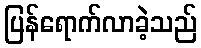
ပြန်ရောက်လာခဲ့သည်